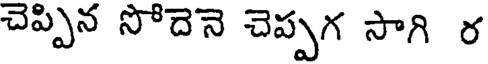
చెప్పిన సోదెనె చెప్పగ సాగి ర